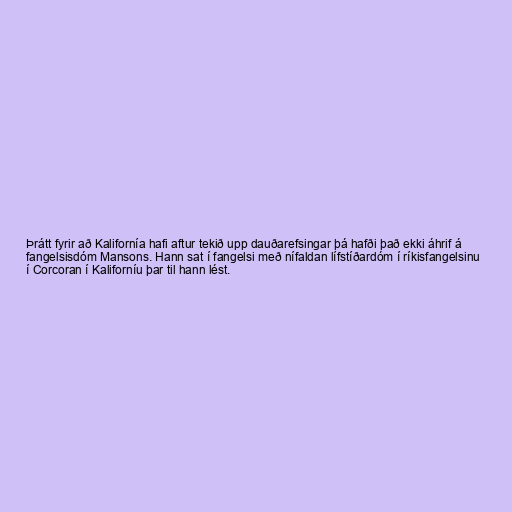
Þrátt fyrir að Kalifornía hafi aftur tekið upp dauðarefsingar þá hafði það ekki áhrif á
fangelsisdóm Mansons. Hann sat í fangelsi með nífaldan lífstíðardóm í ríkisfangelsinu
í Corcoran í Kaliforníu þar til hann lést.